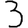
Digit: 3